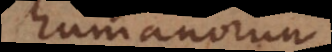
humanorum